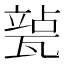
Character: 𱰍